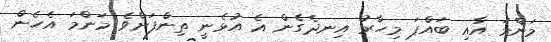
މަންމަ އާއި ބައްޕަ މިހާރު އިނދެގެން އެ އުޅެނީ ތިންފަށްވެ މަންމަ އެހެން